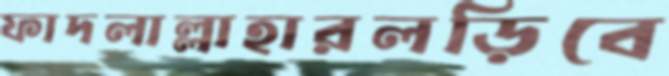
ফাদলাল্লাহারলড়িবে